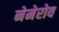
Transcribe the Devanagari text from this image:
नेमेरोव